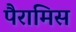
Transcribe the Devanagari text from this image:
पैरामिस